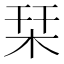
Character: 栞